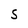
Character: S